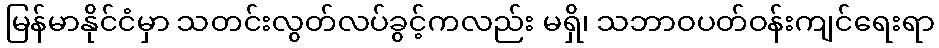
မြန်မာနိုင်ငံမှာ သတင်းလွတ်လပ်ခွင့်ကလည်း မရှိ၊ သဘာဝပတ်ဝန်းကျင်ရေးရာ